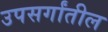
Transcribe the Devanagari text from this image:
उपसर्गांतील